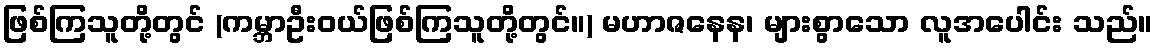
ဖြစ်ကြသူတို့တွင် (ကမ္ဘာဦးဝယ်ဖြစ်ကြသူတို့တွင်။) မဟာဇနေန၊ များစွာသော လူအပေါင်း သည်။